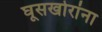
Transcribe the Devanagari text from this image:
घूसखोरांना